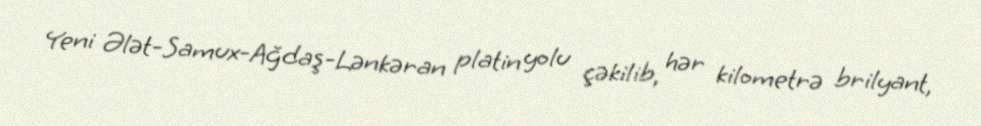
Yeni Ələt-Samux-Ağdaş-Lənkəran platin yolu çəkilib, hər kilometrə brilyant,